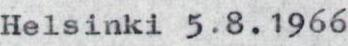
Helsinki 5.8.1966